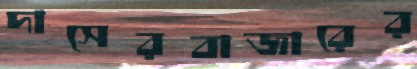
দাসেরবাজারের